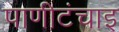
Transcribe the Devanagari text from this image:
पाणीटंचाइ